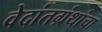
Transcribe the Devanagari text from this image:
वेदांतग्रंथांचा